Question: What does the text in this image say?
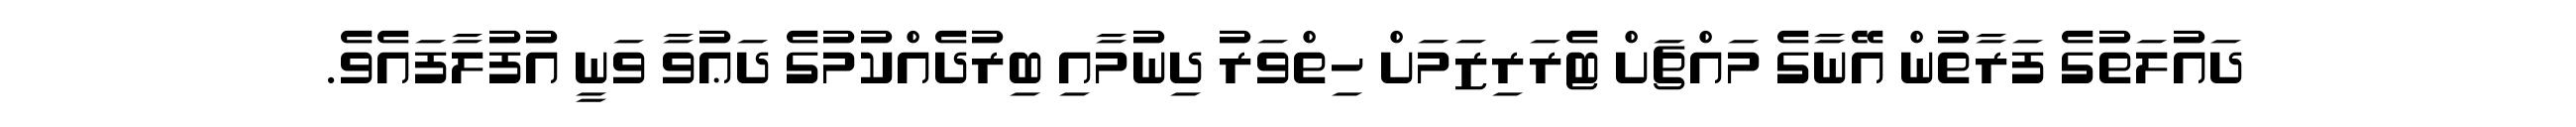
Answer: ދައުލަތުގެ ފަރާތުން އޭނާގެ މައްޗަށް ޓެރަރިޒަމަށް ހިތްވަރު ދިނުމާއި ބިރުދެއްކުމުގެ ދަޢުވާ ވަނީ އުފުލާފައެވެ.